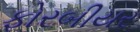
ફોરબીયર